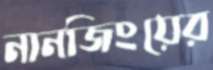
নানজিংয়ের